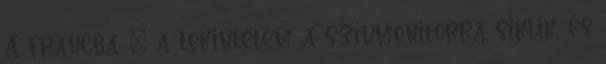
A francba. – a tekintetem a szívmonitorra siklik, és